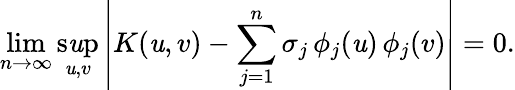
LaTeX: \operatorname*{lim}_{n\to\infty}\operatorname*{s\mathit{u}p}_{\mathit{u},v}\left|K(\mathit{u},v)-\sum_{j=1}^{n}\sigma_{j}\, \phi_{j}(\mathit{u})\, \phi_{j}(v)\right|=0.